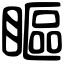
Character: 瞘